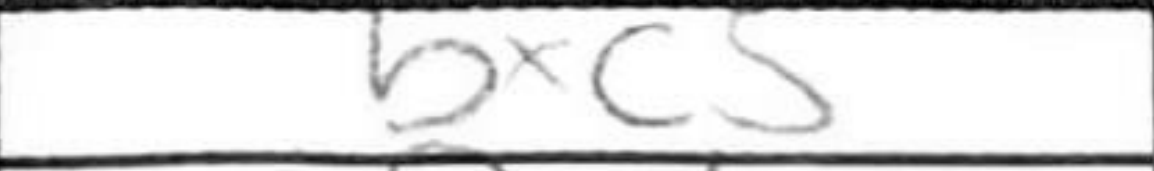
Transcription: bxc5